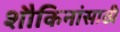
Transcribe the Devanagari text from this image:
शौकिनांसाठी